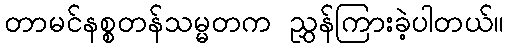
တာမင်နစ္စတန်သမ္မတက ညွှန်ကြားခဲ့ပါတယ်။